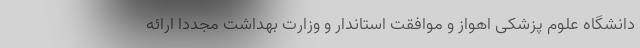
دانشگاه علوم پزشکی اهواز و موافقت استاندار و وزارت بهداشت مجددا ارائه